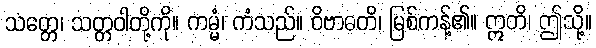
သတ္တေ၊ သတ္တဝါတို့ကို။ ကမ္မံ၊ ကံသည်။ ဝိဗာဓတိ၊ မြစ်ကန့်၏။ ဣတိ၊ ဤသို့။